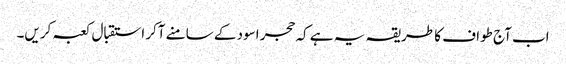
اب آج طواف کا طریقہ یہ ہے کہ حجر اسود کے سامنے آکر استقبال کعبہ کریں۔